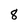
Character: 8